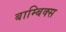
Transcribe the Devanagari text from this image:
बाम्बिक्स